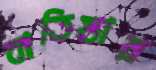
বাতিস্তার